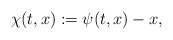
\begin{align*}\chi(t,x):=\psi(t,x)-x,\end{align*}